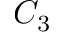
C _ { 3 }